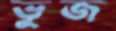
ভুজ